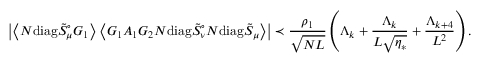
\left| \left\langle { N \mathrm { d i a g } \tilde { S } _ { \mu } ^ { \circ } G _ { 1 } } \right\rangle \left\langle { G _ { 1 } A _ { 1 } G _ { 2 } N \mathrm { d i a g } \tilde { S } _ { \nu } ^ { \circ } N \mathrm { d i a g } \tilde { S } _ { \mu } } \right\rangle \right| \prec \frac { \rho _ { 1 } } { \sqrt { N L } } \left( \Lambda _ { k } + \frac { \Lambda _ { k } } { L \sqrt { \eta _ { * } } } + \frac { \Lambda _ { k + 4 } } { L ^ { 2 } } \right) .